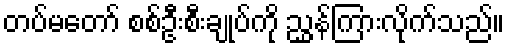
တပ်မတော် စစ်ဦးစီးချုပ်ကို ညွှန်ကြားလိုက်သည်။